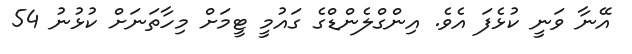
އޭނާ ވަނީ ކުޅެފަ އެވެ. އިންގްލެންޑްގެ ގައުމީ ޓީމަށް މިހާތަނަށް ކުޅުނު 54